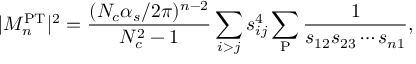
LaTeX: | { \cal M } _ { n } ^ { \mathrm { P T } } | ^ { 2 } = \frac { ( N _ { c } \alpha _ { s } / 2 \pi ) ^ { n - 2 } } { N _ { c } ^ { 2 } - 1 } \sum _ { i > j } s _ { i j } ^ { 4 } \sum _ { \mathrm { P } } \frac { 1 } { s _ { 1 2 } s _ { 2 3 } \cdots s _ { n 1 } } ,